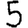
Digit: 5